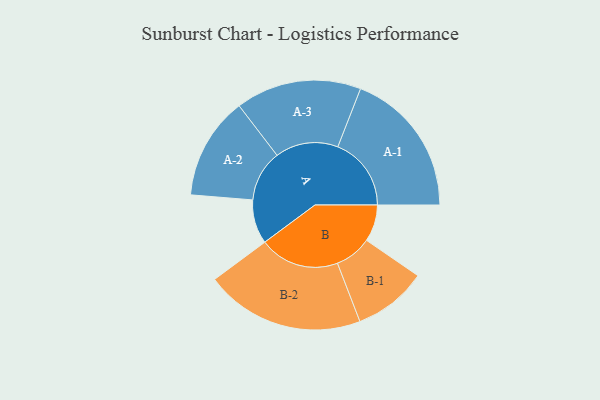
{"axis": {"x": "Segment", "y": "Value"}, "legend": ["", "A", "B"], "data": [{"x": "A", "y": 159, "type": ""}, {"x": "B", "y": 133, "type": ""}, {"x": "A-1", "y": 265, "type": "A"}, {"x": "A-2", "y": 185, "type": "A"}, {"x": "A-3", "y": 227, "type": "A"}, {"x": "B-1", "y": 133, "type": "B"}, {"x": "B-2", "y": 288, "type": "B"}]}